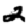
Digit: 2